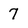
Character: 7